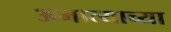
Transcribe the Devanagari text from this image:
अमात्याच्या